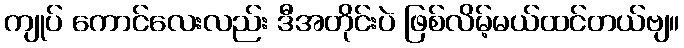
ကျုပ် ကောင်လေးလည်း ဒီအတိုင်းပဲ ဖြစ်လိမ့်မယ်ထင်တယ်ဗျ။